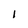
Character: l